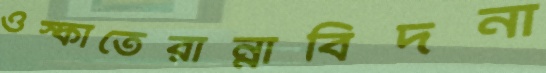
ওস্‌কাতেরান্নাবিদনা